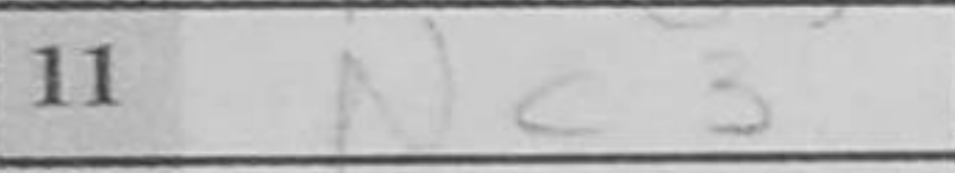
Transcription: Nc3